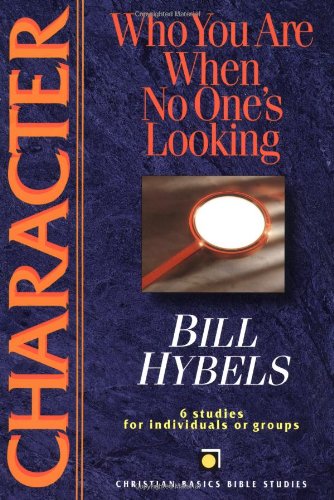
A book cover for Character: Who You Are When No One's Looking (Christian Basics Bible Studies); Bill Hybels; Christian Books & Bibles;